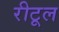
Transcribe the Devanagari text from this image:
रीटूल